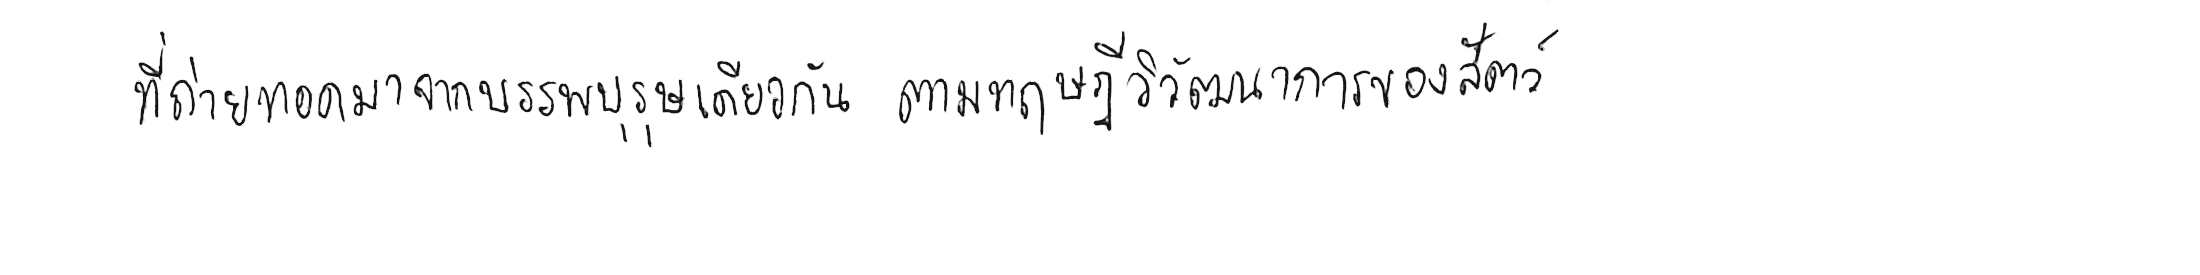
ที่ถ่ายทอดมาจากบรรพบุรุษเดียวกัน ตามทฤษฎีวิวัฒนาการของสัตว์